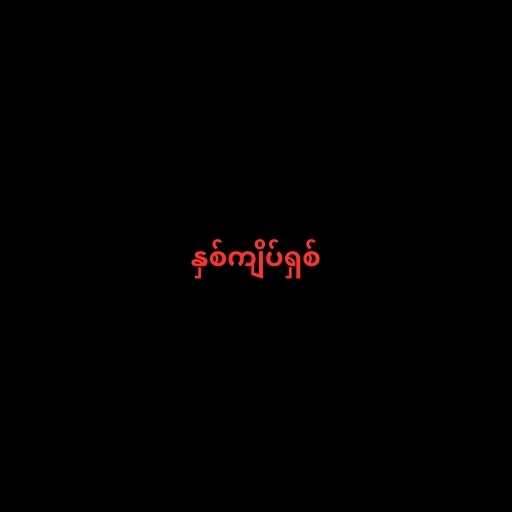
နှစ်ကျိပ်ရှစ်